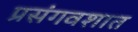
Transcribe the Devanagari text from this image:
प्रसंगवशात